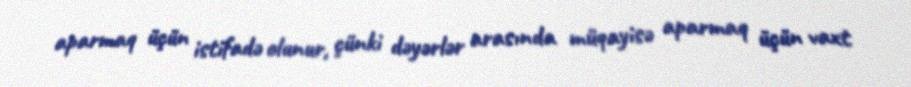
aparmaq üçün istifadə olunur, çünki dəyərlər arasında müqayisə aparmaq üçün vaxt